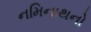
નમિનાથનો